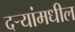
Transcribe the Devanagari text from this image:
दर्‍यांमधील